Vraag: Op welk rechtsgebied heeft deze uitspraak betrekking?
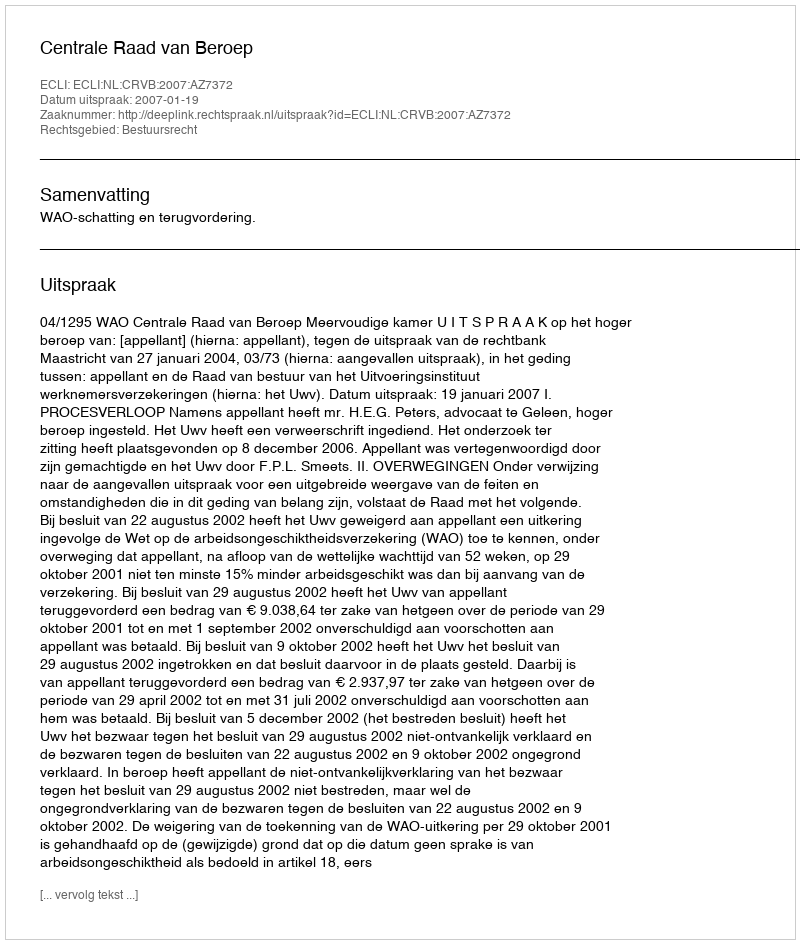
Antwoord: Bestuursrecht